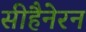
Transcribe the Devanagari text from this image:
सीहैनेरन